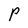
Character: P